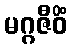
မဂ္ဂဇီဝိံ